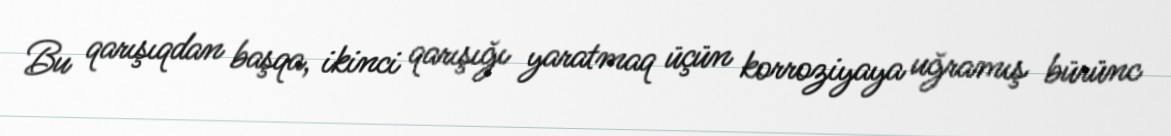
Bu qarışıqdan başqa, ikinci qarışığı yaratmaq üçün korroziyaya uğramış bürünc